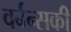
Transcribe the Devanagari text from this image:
वर्बन्सकी